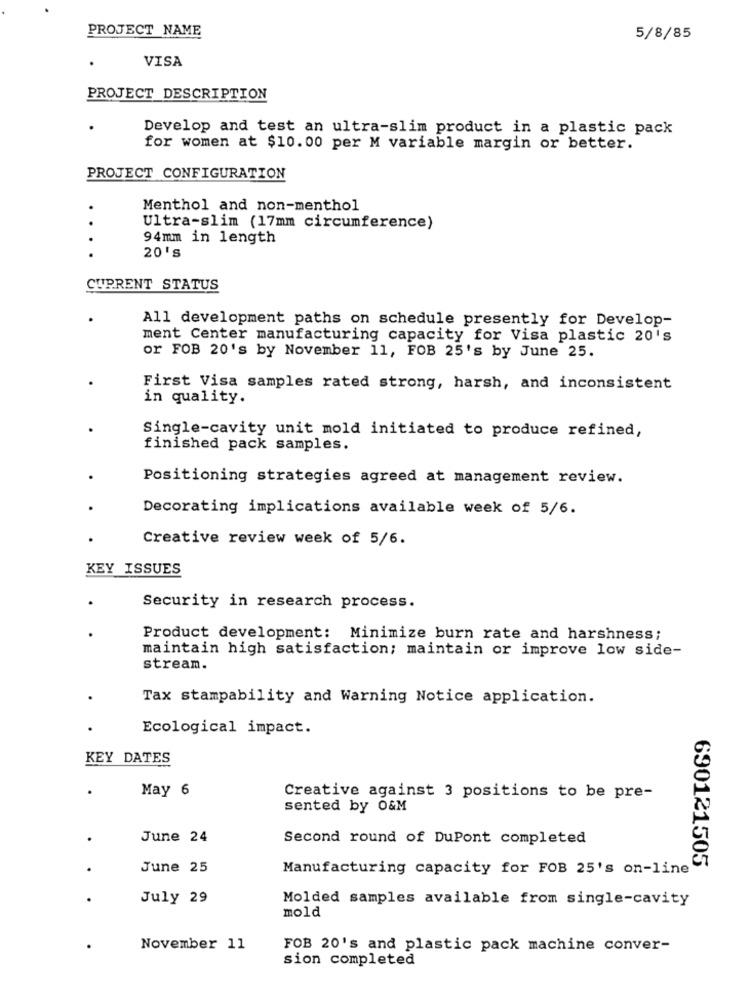
PROJECT NAME
5/8/85
VISA
PROJECT DESCRIPTION
Develop and test an ultra-slim product in a plastic pack
for women at $10.00 per M variable margin or better.
PROJECT CONFIGURATION
Menthol and non-menthol
..
Ultra-slim (17mm circumference)
94mm in length
20's
CURRENT STATUS
All development paths on schedule presently for Develop-
ment Center manufacturing capacity for Visa plastic 20's
or FOB 20's by November 11, FOB 25's by June 25.
First Visa samples rated strong, harsh, and inconsistent
in quality.
Single-cavity unit mold initiated to produce refined,
finished pack samples.
Positioning strategies agreed at management review.
Decorating implications available week of 5/6.
Creative review week of 5/6.
KEY ISSUES
Security in research process.
Product development: Minimize burn rate and harshness;
maintain high satisfaction; maintain or improve low side-
stream.
Tax stampability and Warning Notice application.
Ecological impact.
KEY DATES
May 6
Creative against 3 positions to be pre-
sented by O&M
June 24
Second round of DuPont completed
June 25
Manufacturing capacity for FOB 25's on-line
690121505
July 29
Molded samples available from single-cavity
mold
November 11
FOB 20's and plastic pack machine conver-
sion completed